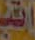
اتق